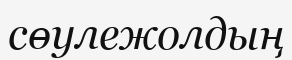
сөулежолдың